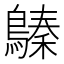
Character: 𪄈